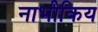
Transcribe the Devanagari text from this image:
नाभीकिय